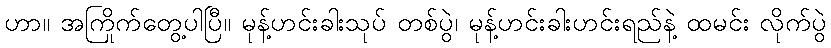
ဟာ။ အကြိုက်တွေ့ပါပြီ။ မုန့်ဟင်းခါးသုပ် တစ်ပွဲ၊ မုန့်ဟင်းခါးဟင်းရည်နဲ့ ထမင်း လိုက်ပွဲ